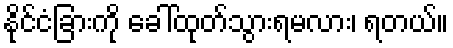
နိုင်ငံခြားကို ခေါ်ထုတ်သွားရမလား၊ ရတယ်။